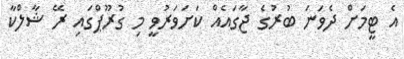
އެ ޓީމަށް ދެވަނަ ބުރުގެ ޖާގައެއް ކަށަވަރުވީ މި ގުރޫޕްގައި ރޭ ޝާލްކާ